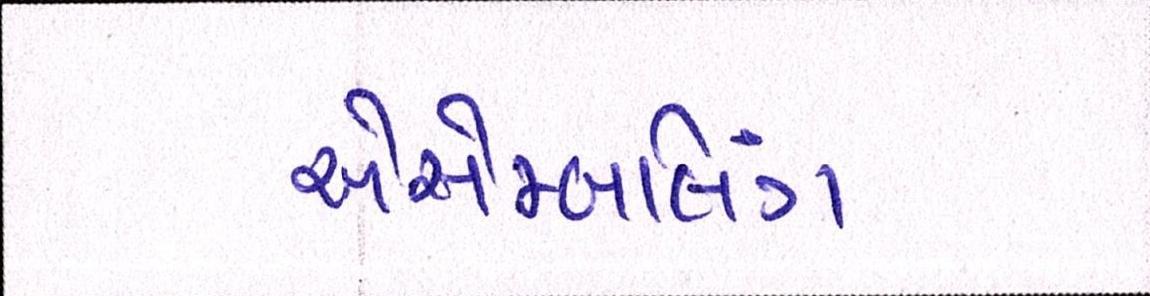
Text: એસેમ્બલિંગ